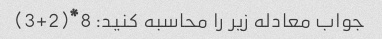
جواب معادله زیر را محاسبه کنید: 8*(2+3)